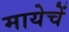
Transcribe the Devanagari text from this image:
मायेचें